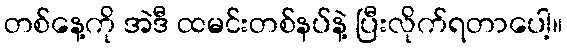
တစ်နေ့ကို အဲဒီ ထမင်းတစ်နပ်နဲ့ ပြီးလိုက်ရတာပေါ့။